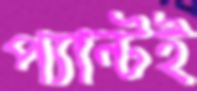
প্যান্টই